Report of the King Institute of Preventive Medicine, Guindy
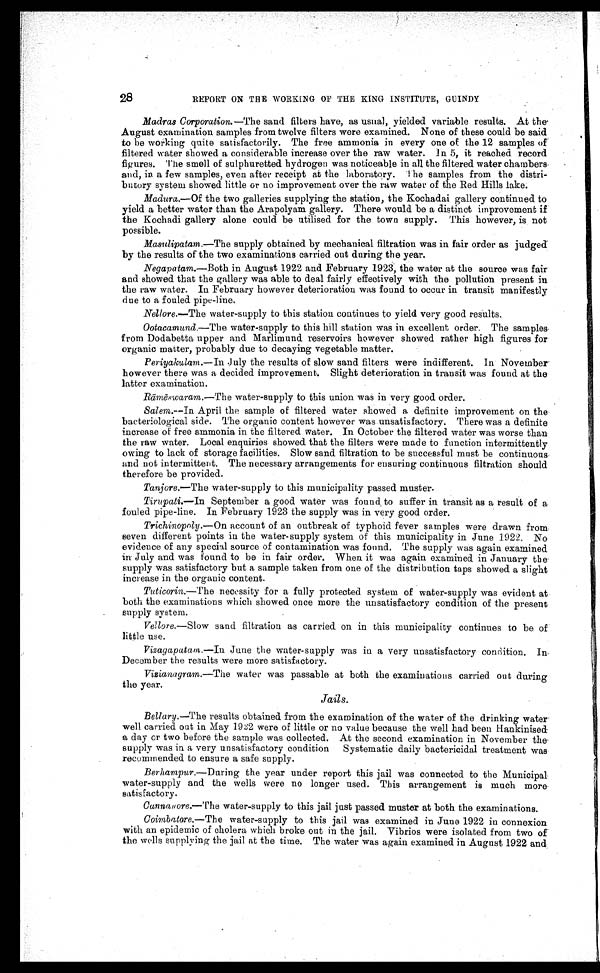
28
REPORT ON THE WORKING OF THE KING INSTITUTE, GUINDY
Madras Corporation.—The sand filters have, as usual, yielded variable results. At the
August examination samples from twelve filters were examined. None of these could be said
to be working quite satisfactorily. The free ammonia in every one of the 12 samples of
filtered water showed a considerable increase over the raw water. In 5, it reached record
figures. The smell of sulphuretted hydrogen was noticeable in all the filtered water chambers
and, in a few samples, even after receipt at the laboratory. The samples from the distri-
butary system showed little or no improvement over the raw water of the Red Hills lake.
Madura.—Of the two galleries supplying the station, the Kochadai gallery continued to
yield a better water than the Arapolyam gallery. There would be a distinct improvement if
the Kochadi gallery alone could be utilised for the town supply. This however, is not
possible.
Masulipatam.—The supply obtained by mechanical filtration was in fair order as judged
by the results of the two examinations carried out during the year.
Negapatam.— Both in August 1922 and February 1923, the water at the source was fair
and showed that the gallery was able to deal fairly effectively with the pollution present in
the raw water. In February however deterioration was found to occur in transit manifestly
due to a fouled pipe-line.
Nellore.—The water-supply to this station continues to yield very good results.
Ootacamund.—The water-supply to this hill station was in excellent order. The samples
from Dodabetta upper and Marlimund reservoirs however showed rather high figures for
organic matter, probably due to decaying vegetable matter.
Periyakulam.— In July the results of slow sand filters were indifferent. In November
however there was a decided improvement. Slight deterioration in transit was found at the
latter examination.
Rāmēswaram. —The water-supply to this union was in very good order.
Salem.—In April the sample of filtered water showed a definite improvement on the
bacteriological side. The organic content however was unsatisfactory. There was a definite
increase of free ammonia in the filtered water. In October the filtered water was worse than
the raw water. Local enquiries showed that the filters were made to function intermittently
owing to lack of storage facilities. Slow sand filtration to be successful must be continuous
and not intermittent. The necessary arrangements for ensuring continuous filtration should
therefore be provided.
Tanjore.—The water-supply to this municipality passed muster.
Tirupati.—In September a good water was found, to suffer in transit as a result of a
fouled pipe-line. In February 1923 the supply was in very good order.
Trichinopoly.— On account of an outbreak of typhoid fever samples were drawn from
seven different points in the water-supply system of this municipality in June 1922. No
evidence of any special source of contamination was found. The supply was again examined
in July and was found to be in fair order. When it was again examined in January the'
supply was satisfactory but a sample taken from one of the distribution taps showed a slight
increase in the organic content.
Tuticorin.—The necessity for a fully protected system of water-supply was evident at
both the examinations which showed once more the unsatisfactory condition of the present
supply system.
Vellore.— Slow sand filtration as carried on in this municipality continues to be of
little use.
Vizagapatam.—In June the water-supply was in a very unsatisfactory condition. In
December the results were more satisfactory.
Vizianagram.—The water was passable at both the examinations carried out during
the year.
Jails.
Bellary.—The results obtained from the examination of the water of the drinking water
well carried out in May 1922 were of little or no value because the well had been Hankinised
a day or two before the sample was collected. At the second examination in November the
supply was in a very unsatisfactory condition Systematic daily bactericidal treatment was
recommended to ensure a safe supply.
Berhampur. —During the year under report this jail was connected to the Municipal
water-supply and the wells were no longer used. This arrangement is much more
satisfactory.
Cannanore. —The water-supply to this jail just passed muster at both the examinations.
Coimbatore.—The water-supply to this jail was examined in June 1922 in connexion
with an epidemic of cholera which broke out in the jail. Vibrios were isolated from two of
the wells supplying the jail at the time. The water was again examined in August 1922 and